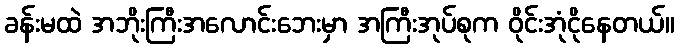
ခန်းမထဲ အဘိုးကြီးအလောင်းဘေးမှာ အကြီးအုပ်စုက ဝိုင်းအုံငိုနေတယ်။